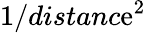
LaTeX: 1/distanc\mathrm{e}^{2}